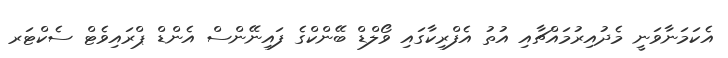
އެކަމަނާވަނީ މެދުއިރުމައްޗާއި އުތު އެފްރިކާގައި ވޯލްޑް ބޭންކްގެ ފައިނޭންސް އެންޑް ޕްރައިވެޓް ސެކްޓަރ